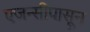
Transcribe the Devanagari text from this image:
एजन्सीपासून